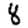
Digit: 8